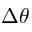
\Delta \theta